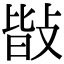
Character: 𢾆